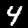
Digit: 4